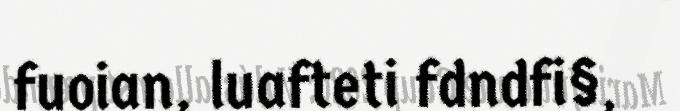
fuoian, luafteti fdndfi§,